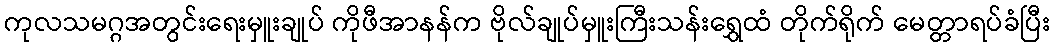
ကုလသမဂ္ဂအတွင်းရေးမှူးချုပ် ကိုဖီအာနန်က ဗိုလ်ချုပ်မှူးကြီးသန်းရွှေထံ တိုက်ရိုက် မေတ္တာရပ်ခံပြီး